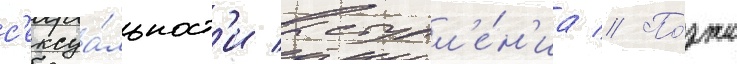
с'ексуа́льност'и выступл'е́н'иа // По́зже